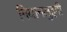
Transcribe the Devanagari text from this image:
गियानलुइगी